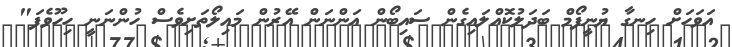
އަވަހަށް ހިނގާ ޔުނީފޯމް ބަދަލުކޮއްލައިގެން ސައިބޯން އަންނަން އޭރުން މައިލޯތަށިވެސް ހުންނަނީ ހިހޫވެފަ"